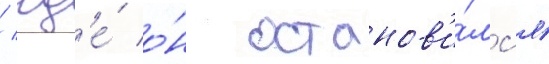
/ гд'е́ о́н останов'и́лс'я